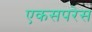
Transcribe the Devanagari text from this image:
एकसपरेस